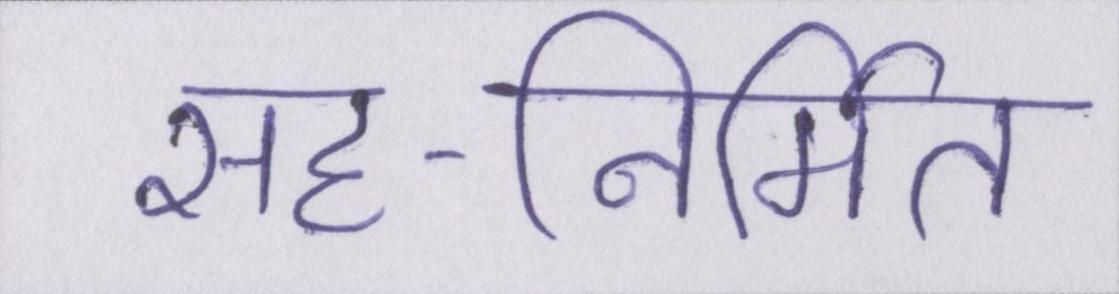
सह-निर्मित